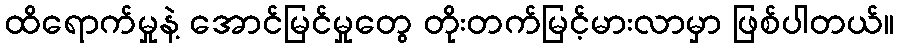
ထိရောက်မှုနဲ့ အောင်မြင်မှုတွေ တိုးတက်မြင့်မားလာမှာ ဖြစ်ပါတယ်။